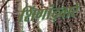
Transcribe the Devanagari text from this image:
शिंगांद्वारे